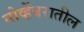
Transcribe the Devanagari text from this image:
नोव्हेंबरातील